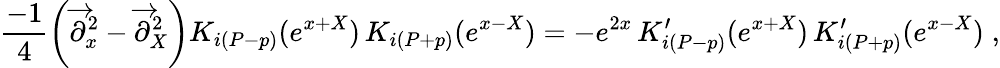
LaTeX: \frac{-1}{4}\left(\overrightarrow{\partial}_{x}^{2}-\overrightarrow{\partial}_{X}^{2}\right)K_{i\left(P-p\right)}(e^{x+X})\, K_{i\left(P+p\right)}(e^{x-X})=-e^{2x}\, K_{i\left(P-p\right)}^{\prime}(e^{x+X})\, K_{i\left(P+p\right)}^{\prime}(e^{x-X})\; ,